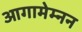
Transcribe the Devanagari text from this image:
आगामेम्नन